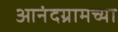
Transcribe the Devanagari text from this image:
आनंदग्रामच्या